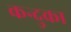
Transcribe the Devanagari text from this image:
कन्दुका